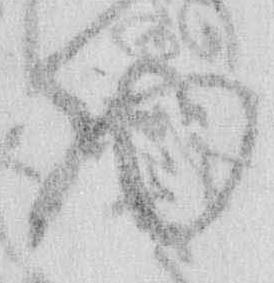
物